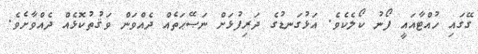
ގޭގައި ހުއްޓާއައީ ފޯނު ކޯލެކެވެ. އަޅުގަނޑުގެ ދަރިފުޅަށް ނަޞޭޙަތެއް ދެއްވަން ވަޤުތުކޮޅެއް ދެއްވާށެވެ.